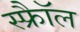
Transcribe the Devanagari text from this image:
स्फ्रैॉल